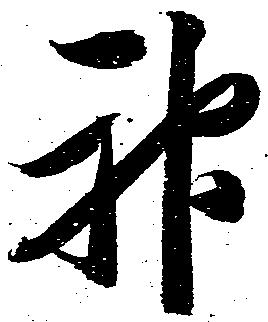
神